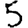
Digit: 5